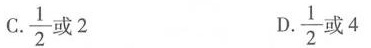
C. \frac{1}{2} 或2 D. \frac{1}{2}